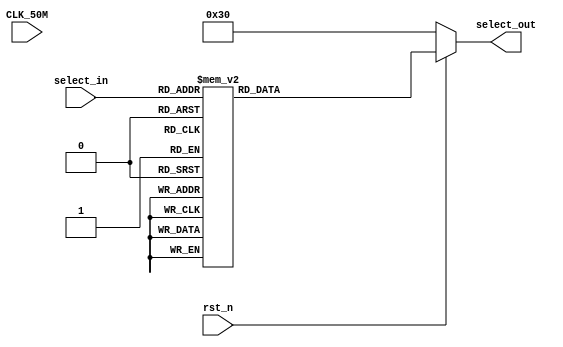
module select(
	CLK_50M,
	rst_n,
	select_in,
	select_out
);

input CLK_50M;
input rst_n;
input [3:0]select_in;
output [7:0]select_out;

reg [7:0]select_out;
parameter 	LCD_0 = 8'b00110000;
parameter	LCD_1 = 8'b00110001;
parameter	LCD_2 = 8'b00110010;
parameter	LCD_3 = 8'b00110011;
parameter	LCD_4 = 8'b00110100;
parameter	LCD_5 = 8'b00110101;
parameter	LCD_6 = 8'b00110110;
parameter	LCD_7 = 8'b00110111;
parameter	LCD_8 = 8'b00111000;
parameter	LCD_9 = 8'b00111001;
parameter	LCD_E = 8'b01000101;
always@(*)
begin
	if(!rst_n)
		select_out<=8'b00110000;
	else
	begin
		case(select_in)
			0: select_out<=8'b00110000;
			1: select_out<=8'b00110001;
			2: select_out<=8'b00110010;
			3: select_out<=8'b00110011;
			4: select_out<=8'b00110100;
			5: select_out<=8'b00110101;
			6: select_out<=8'b00110110;
			7: select_out<=8'b00110111;
			8: select_out<=8'b00111000;
			9: select_out<=8'b00111001;
			10: select_out<=8'h41;
			11: select_out<=8'h42;
			12: select_out<=8'h43;
			13: select_out<=8'h44;
			14: select_out<=8'h45;
			15: select_out<=8'h46;
			default:select_out<=8'b11111111;
		endcase
	end
end

endmodule